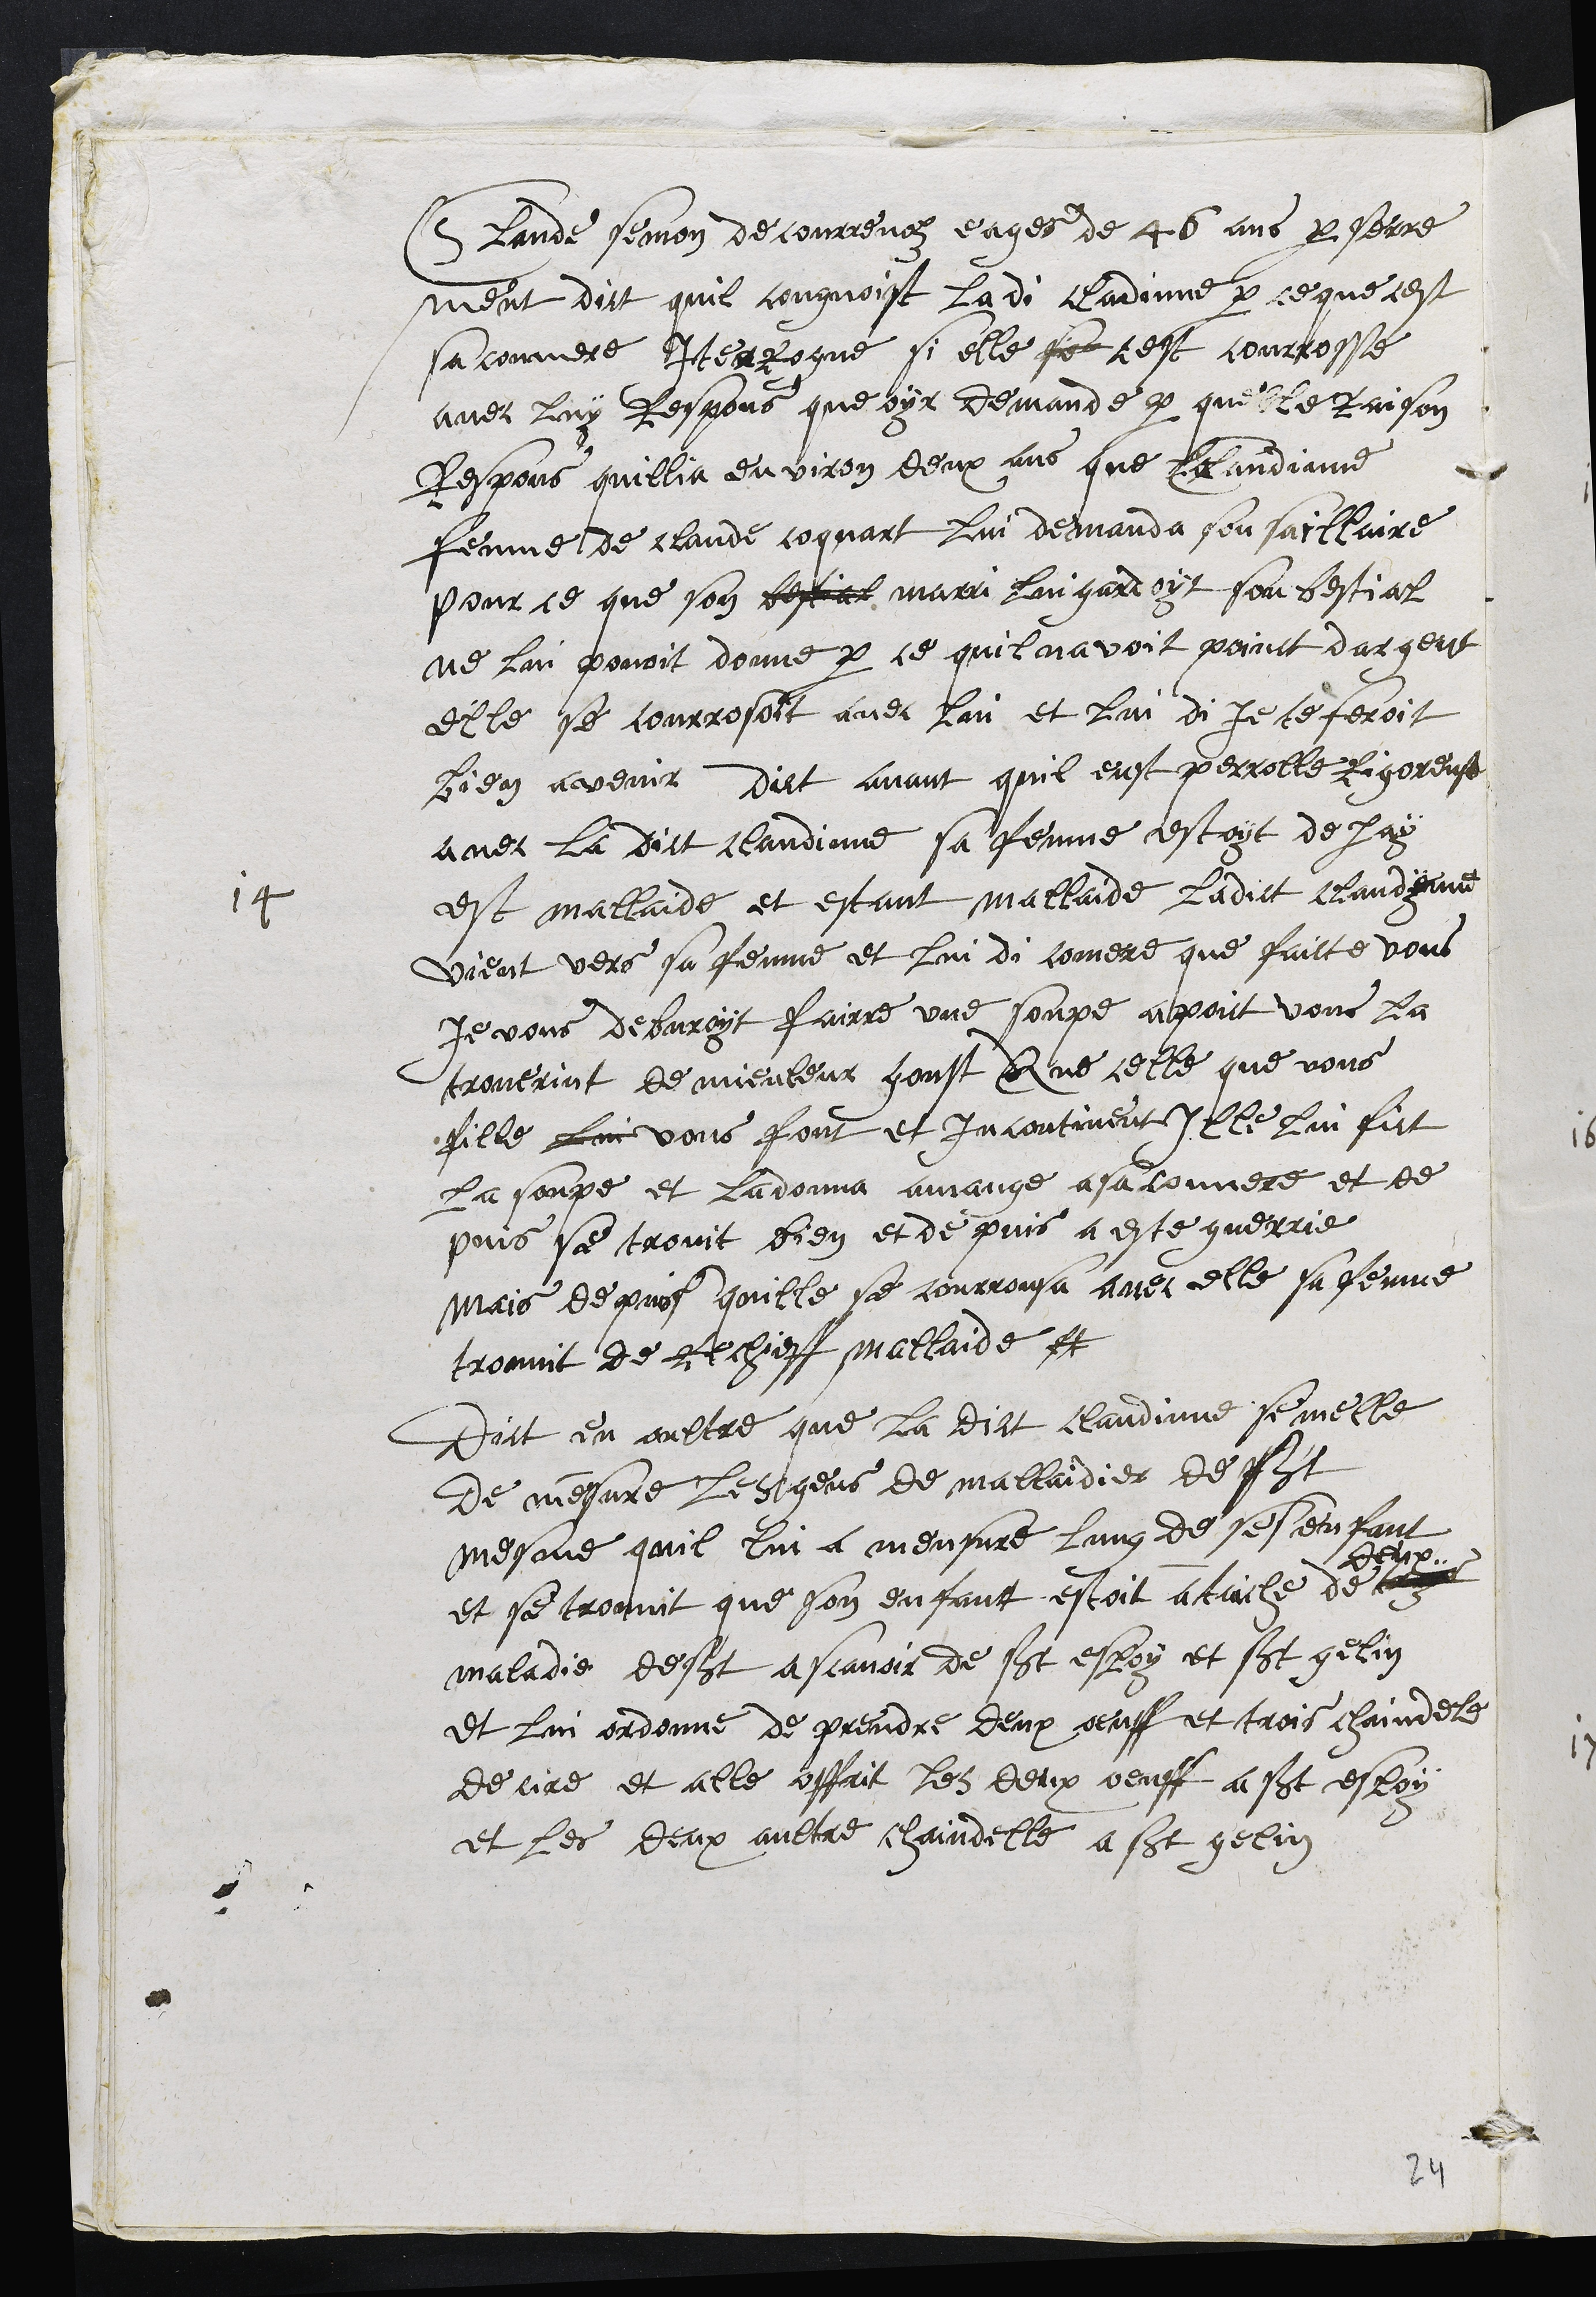
14
Claude semon de Courrenolz eages de 46 ans par serre
ment dict quil congnoist ladi Claudinne par ce que cest
sa conmere Interrogue si elle se cest courrosse
avec luy Respons que oyr demande par quelle Raison
Respons quillia environ deux ans que Claudinne
femme de Claude coquart lui demanda son saillaire
pour ce que son bestial marri lui gardoyt son bestial
ne lui povoit donne par ce quil navoit point dargent
elle se courrosoit avec lui et lui di je te feroit
bien avenir Dict avant quil eust perrolle rigoreuse
avec la dict Claudinne sa femme estoyt dejay
est mallaide et estant mallaide ladict Claudynne
vient vers sa femme et lui di comere que faicte vous
je vous debvroyt fairre une soupe au poict vous la
trouverint de mieuleur goust que celle que vous
fille lui vous font et incontinent Ille lui fict
la soupe et ladonna amange a sa conmere et de
puis se trovit bien et de puis a este guerrie
mais de puis quille se courrousa avec elle sa femme
trouvit de Rechieff mallaide et
Dict en oultre que la dict Claudinne se melle
de mesure les gens de mallaidier de saint
mesme quil lui a meusure lung de ses enfant
et se trouvit que son enfant estoit ataiche de troys
deux
maladie de saint a scavoir de st esloy et st gelin
et lui ordonne de prendre deux oeuff et trois chaindele
de cire et alle offrit les deux oeuff a st esloy
et les deux aultre chaindelle a st gelin

24